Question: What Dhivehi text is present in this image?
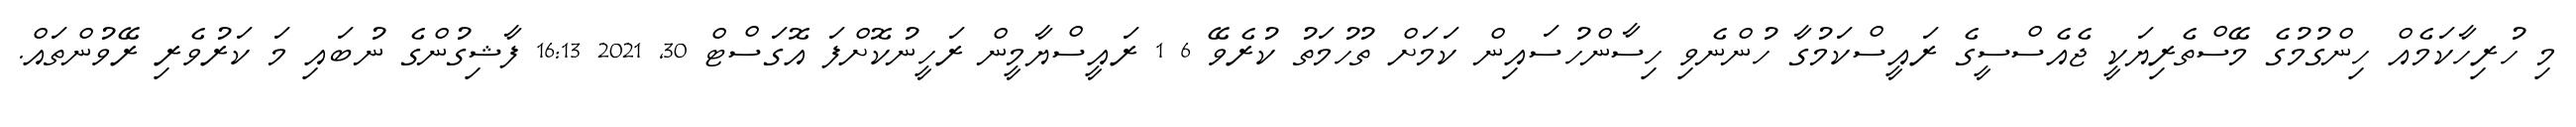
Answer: މި ހުރިހާކަމެއް ހިންގުމުގެ މޭސްތެރިޔަކީ ޖެއެސްސީގެ ރައީސްކަމުގާ ހުންނެވި ހިސާންހުސައިން ކަމަށް ތުހުމަތު ކުރެވޭ 6 1 ރައީސްޔާމީން ރަހީނުކޮށްފަ އޮގަސްޓް 30, 2021 16:13 ފާޝިގުންގެ ނުބައި މަ ކަރުވެރި ރޭވުންތައް.